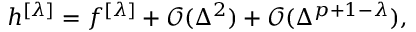
h ^ { [ \lambda ] } = f ^ { [ \lambda ] } + \mathcal { O } ( \Delta ^ { 2 } ) + \mathcal { O } ( \Delta ^ { p + 1 - \lambda } ) ,